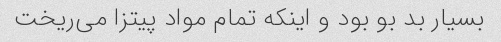
بسیار بد بو بود و اینکه تمام مواد پیتزا می‌ریخت